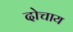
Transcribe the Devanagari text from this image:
दोचाय